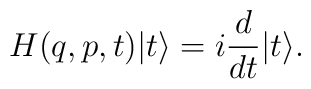
H(q,p,t)|t\rangle = i\frac{d}{dt} |t\rangle .